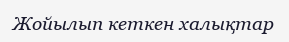
Жойылып кеткен халықтар